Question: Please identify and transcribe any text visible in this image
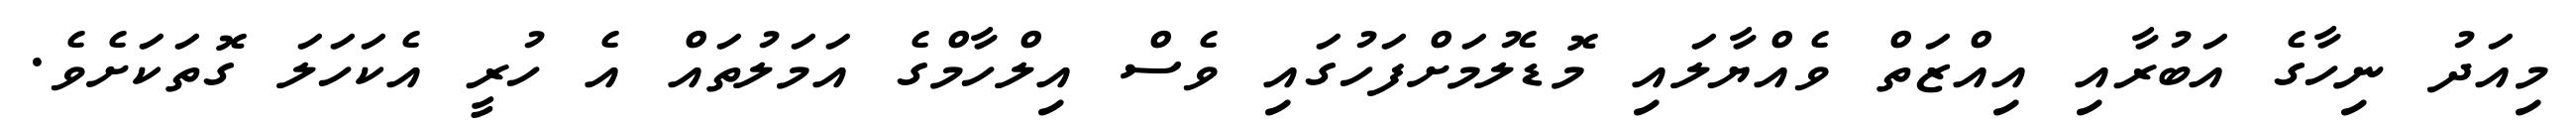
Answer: މިއަދު ނިހާގެ އަބުރާއި އިއްޒަތް ވެއްޔާލައި މޮޑެލުމަށްފަހުގައި ވެސް އިލްހާމްގެ އަމަލުތައް އެ ހުރީ އެކަހަލަ ގޮތަކަށެވެ.